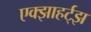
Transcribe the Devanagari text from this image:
एक्झाहर्ट्‌झ